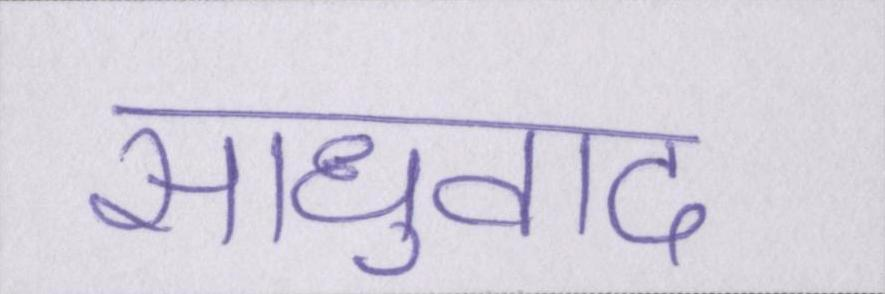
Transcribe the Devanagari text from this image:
साधुवाद